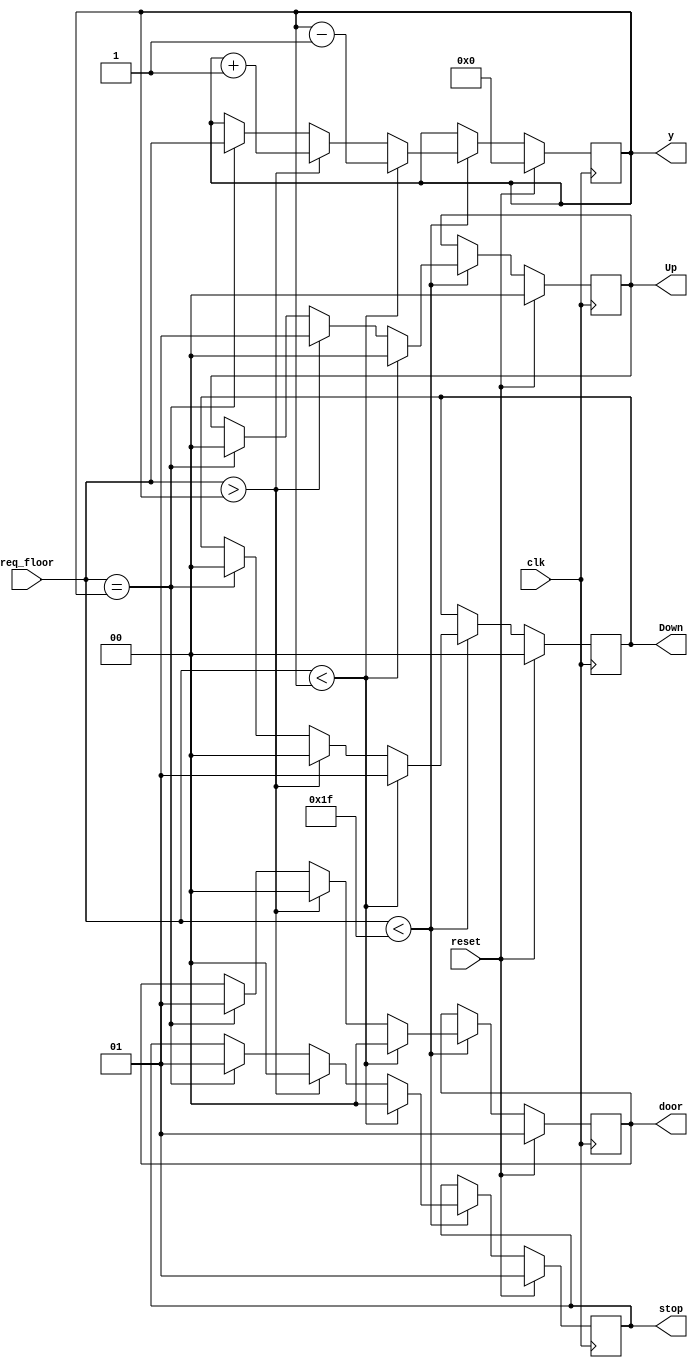
`timescale 1ns / 1ps

module lift(clk,reset,req_floor,stop,door,Up,Down,y);
input clk,reset;
input [5:0] req_floor;
output reg[1:0] door;
output reg[1:0] Up;
output reg[1:0] Down;
output reg[1:0] stop;

output [5:0] y;
reg [5:0] cf ;

always @ (posedge clk)
begin

if(reset)
begin
cf=6'd0;
stop=6'd1;
door = 1'd1;
Up=1'd0;
Down=1'd0;
end
else
begin
if(req_floor < 5'd31)
begin

if(req_floor < cf )
begin
cf=cf-1;
door=1'd0;
stop=1'd0;
Up=1'd0;
Down=1'd1;
end


else if (req_floor > cf)
begin
cf = cf+1;
door=1'd0;
stop=1'd0;
Up=1'd1;
Down=1'd0;
end

else if(req_floor == cf )
begin
cf = req_floor;
door=1'd1;
stop=1'd1;
Up=1'd0;
Down=1'd0;
end
end


end


end


assign y = cf;

endmodule